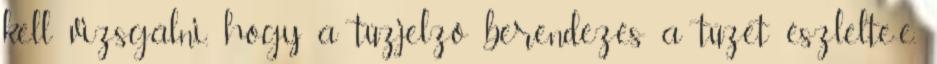
kell vizsgálni, hogy a tûzjelzõ berendezés a tüzet észlelte-e,